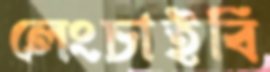
লেংচাইবি